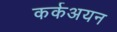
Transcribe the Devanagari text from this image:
कर्कअयन